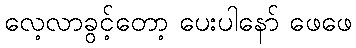
လေ့လာခွင့်တော့ ပေးပါနော် ဖေဖေ